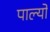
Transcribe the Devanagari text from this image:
पाल्यों